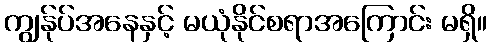
ကျွန်ုပ်အနေနှင့် မယုံနိုင်စရာအကြောင်း မရှိ။